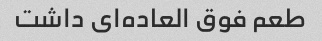
طعم فوق العاده‌ای داشت